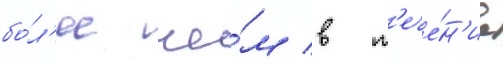
бо́л'ее че́м в т'ече́н'ие